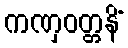
ကဏှဝတ္တနိံ